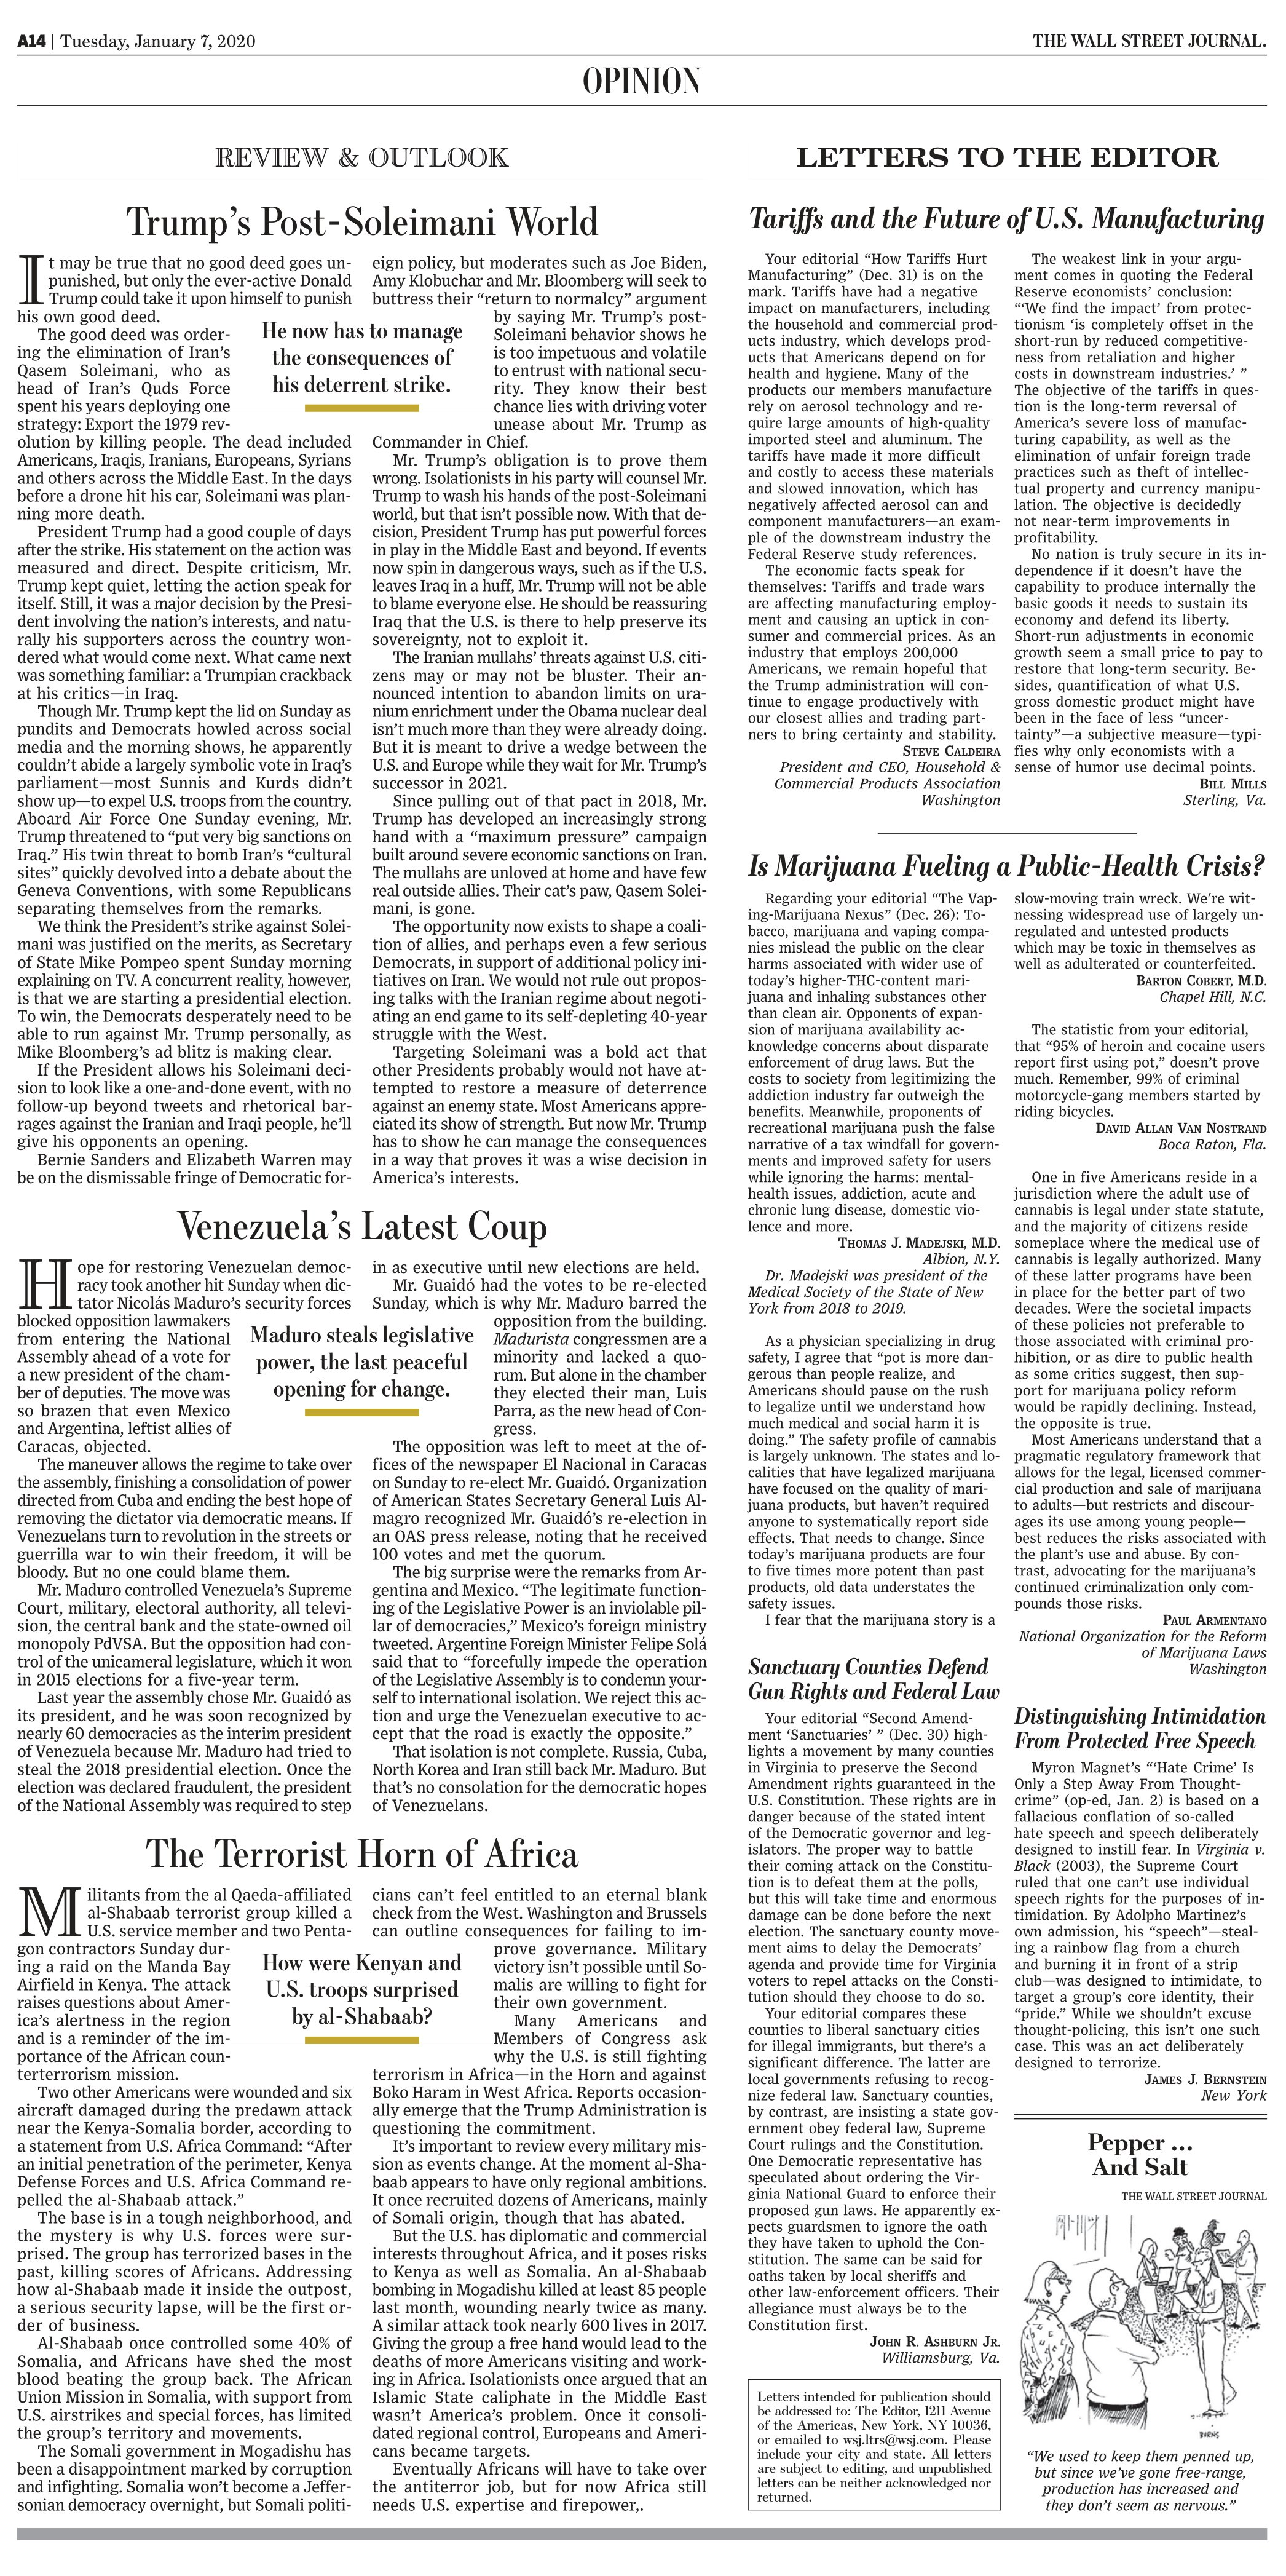
Language: en